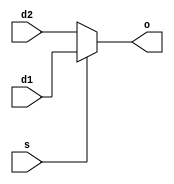
// This program was cloned from: https://github.com/chipsalliance/aib-phy-hardware
// License: Apache License 2.0

// SPDX-License-Identifier: Apache-2.0
// Copyright (C) 2022 HCL Technologies Ltd.
// Copyright (C) 2022 Blue Cheetah Analog Design, Inc.

module dmux_cell(
output o,  // Output
input  d1, // Data 1
input  d2, // Data 2
input  s   // Data selection
);

// mux
assign o = s ? d1 : d2;

endmodule // dmux_cell